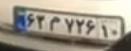
۶۲م۷۲۶۱۰